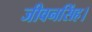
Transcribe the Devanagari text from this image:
जीवनसिंह।